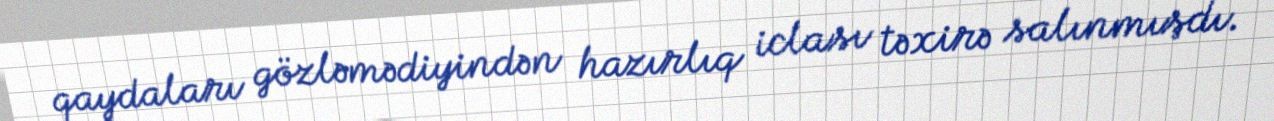
qaydaları gözləmədiyindən hazırlıq iclası təxirə salınmışdı.